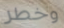
وخطر